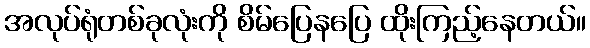
အလုပ်ရုံတစ်ခုလုံးကို စိမ်ပြေနပြေ ထိုးကြည့်နေတယ်။